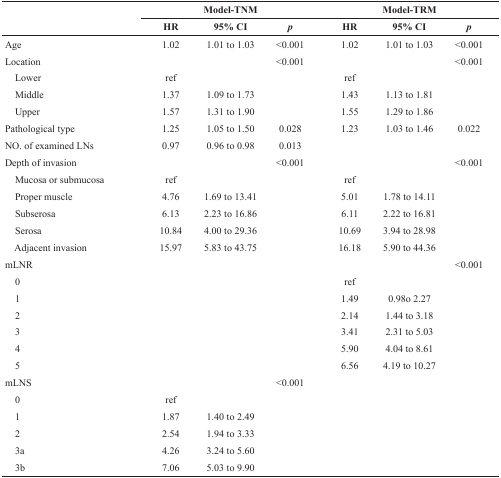
| <ROWSPAN=2>  | <COLSPAN=3> Model-TNM | <COLSPAN=3> Model-TRM |
 | HR | 95% CI | p | HR | 95% CI | p |
 | --- | --- | --- | --- | --- | --- | --- |
 | Age | 1.02 | 1.01 to 1.03 | <0.001 | 1.02 | 1.01 to 1.03 | <0.001 |
 | Location |  |  | <0.001 |  |  | <0.001 |
 | Lower | ref |  |  | ref |  |  |
 | Middle | 1.37 | 1.09 to 1.73 |  | 1.43 | 1.13 to 1.81 |  |
 | Upper | 1.57 | 1.31 to 1.90 |  | 1.55 | 1.29 to 1.86 |  |
 | Pathological type | 1.25 | 1.05 to 1.50 | 0.028 | 1.23 | 1.03 to 1.46 | 0.022 |
 | NO. of examined LNs | 0.97 | 0.96 to 0.98 | 0.013 |  |  |  |
 | Depth of invasion |  |  | <0.001 |  |  | <0.001 |
 | Mucosa or submucosa | ref |  |  | ref |  |  |
 | Proper muscle | 4.76 | 1.69 to 13.41 |  | 5.01 | 1.78 to 14.11 |  |
 | Subserosa | 6.13 | 2.23 to 16.86 |  | 6.11 | 2.22 to 16.81 |  |
 | Serosa | 10.84 | 4.00 to 29.36 |  | 10.69 | 3.94 to 28.98 |  |
 | Adjacent invasion | 15.97 | 5.83 to 43.75 |  | 16.18 | 5.90 to 44.36 |  |
 | mLNR |  |  |  |  |  | <0.001 |
 | 0 |  |  |  | ref |  |  |
 | 1 |  |  |  | 1.49 | 0.98o 2.27 |  |
 | 2 |  |  |  | 2.14 | 1.44 to 3.18 |  |
 | 3 |  |  |  | 3.41 | 2.31 to 5.03 |  |
 | 4 |  |  |  | 5.90 | 4.04 to 8.61 |  |
 | 5 |  |  |  | 6.56 | 4.19 to 10.27 |  |
 | mLNS |  |  | <0.001 |  |  |  |
 | 0 | ref |  |  |  |  |  |
 | 1 | 1.87 | 1.40 to 2.49 |  |  |  |  |
 | 2 | 2.54 | 1.94 to 3.33 |  |  |  |  |
 | 3a | 4.26 | 3.24 to 5.60 |  |  |  |  |
 | 3b | 7.06 | 5.03 to 9.90 |  |  |  |  |